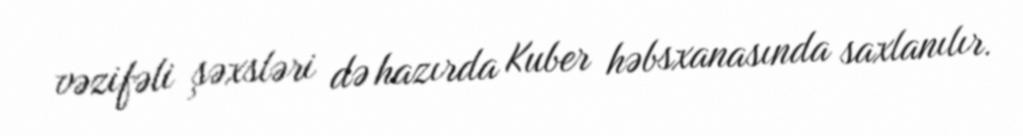
vəzifəli şəxsləri də hazırda Kuber həbsxanasında saxlanılır.